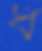
ধ